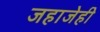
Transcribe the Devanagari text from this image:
जहाजेही